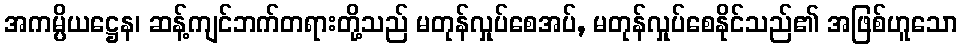
အကမ္ပိယဋ္ဌေန၊ ဆန့်ကျင်ဘက်တရားတို့သည် မတုန်လှုပ်စေအပ်, မတုန်လှုပ်စေနိုင်သည်၏ အဖြစ်ဟူသော